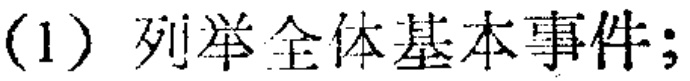
(1) 列举全体基本事件;